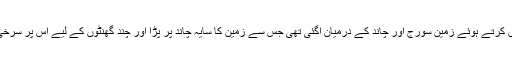
اس دوران مدار میں گردش کرتے ہوئے زمین سورج اور چاند کے درمیان آگئی تھی جس سے زمین کا سایہ چاند پر پڑا اور چند گھنٹوں کے لیے اس پر سرخی مائل اندھیرا چھا گیا تھا۔